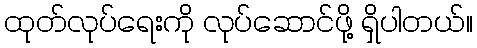
ထုတ်လုပ်ရေးကို လုပ်ဆောင်ဖို့ ရှိပါတယ်။